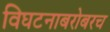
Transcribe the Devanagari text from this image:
विघटनाबरोबरच